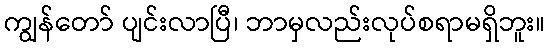
ကျွန်တော် ပျင်းလာပြီ၊ ဘာမှလည်းလုပ်စရာမရှိဘူး။